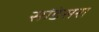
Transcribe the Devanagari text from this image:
सांडेसरा